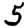
Digit: 5